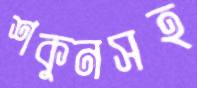
শকুনসহ